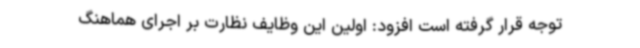
توجه قرار گرفته است افزود: اولین این وظایف نظارت بر اجرای هماهنگ